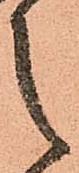
之